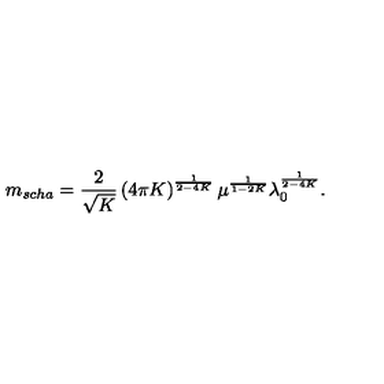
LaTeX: m _ { s c h a } = \frac { 2 } { \sqrt { K } } \left( 4 \pi K \right) ^ { \frac { 1 } { 2 - 4 K } } \mu ^ { \frac { 1 } { 1 - 2 K } } \lambda _ { 0 } ^ { \frac { 1 } { 2 - 4 K } } .